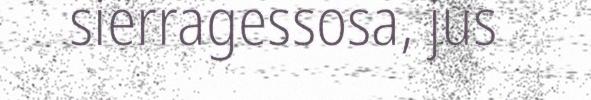
sierragessosa, jus